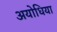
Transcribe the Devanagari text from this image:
अयोधिया